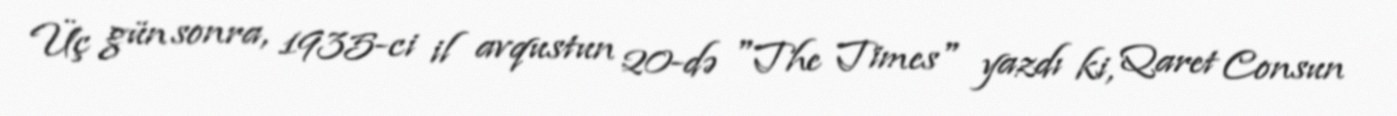
Üç gün sonra, 1935-ci il avqustun 20-də "The Times" yazdı ki, Qaret Consun